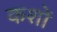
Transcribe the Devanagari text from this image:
कशों